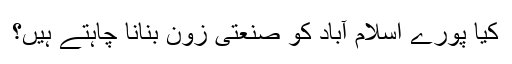
کیا پورے اسلام آباد کو صنعتی زون بنانا چاہتے ہیں؟